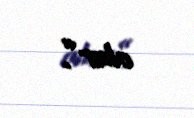
olar”.